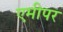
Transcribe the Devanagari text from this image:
एमीपर